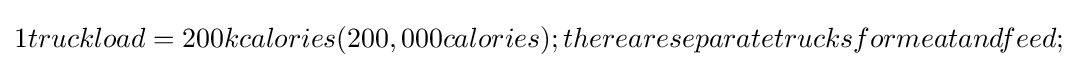
1truckload=200kcalories(200,000calories);thereareseparatetrucksformeatandfeed;